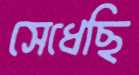
সেধেছি